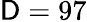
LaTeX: \mathsf{D}=97